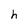
Character: h